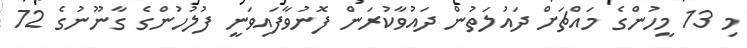
މި 13 މީހުންގެ މައްޗަށް ދައުލަތުން ދައުވާކުރަން ފޮނުވާފައިވަނީ ފުލުހުންގެ ގާނޫނުގެ 72